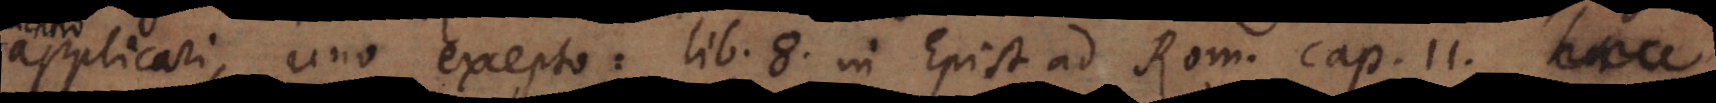
applicari, uno excepto: lib. 8. in Epist. ad Rom. cap. 11.